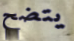
يتضح